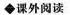
◆课外阅读